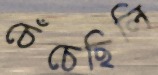
চেঁচেছিলি